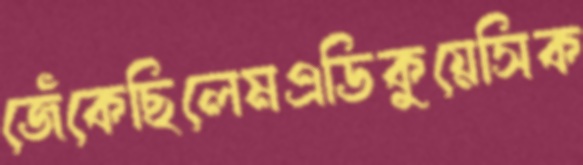
জেঁকেছিলেমএডিকুয়েসিক